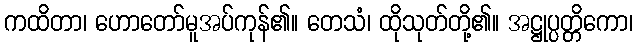
ကထိတာ၊ ဟောတော်မူအပ်ကုန်၏။ တေသံ၊ ထိုသုတ်တို့၏။ အဋ္ဌုပ္ပတ္တိကော၊